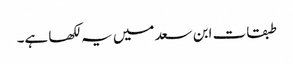
طبقات ابن سعد میں یہ لکھا ہے۔